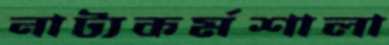
নাট্যকর্মশালা